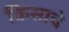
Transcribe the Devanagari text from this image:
किसाचे